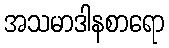
အသမာဒါနစာရော